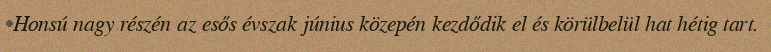
Honsú nagy részén az esős évszak június közepén kezdődik el és körülbelül hat hétig tart.